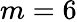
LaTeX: m=6